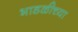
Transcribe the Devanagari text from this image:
भाडळीच्या